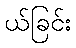
ယ်ခြင်း